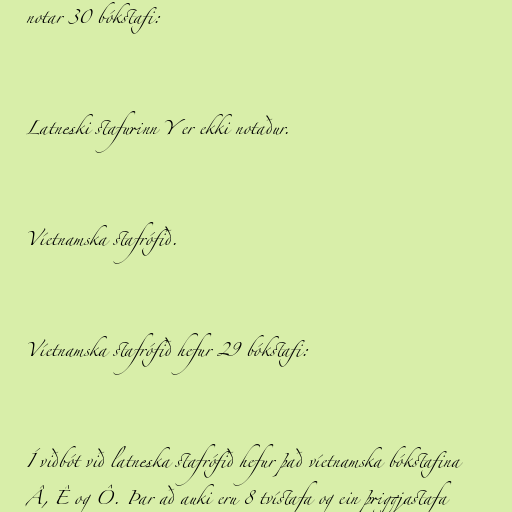
notar 30 bókstafi:

Latneski stafurinn Y er ekki notaður.

Víetnamska stafrófið.

Víetnamska stafrófið hefur 29 bókstafi:

Í viðbót við latneska stafrófið hefur það víetnamska bókstafina
Â, Ê og Ô. Þar að auki eru 8 tvístafa og ein þriggjastafa